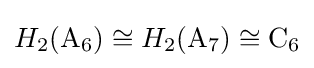
H_{2}(\mathrm {A} _{6})\cong H_{2}(\mathrm {A} _{7})\cong \mathrm {C} _{6}